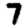
Digit: 7